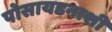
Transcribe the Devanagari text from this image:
पोसायडनाशी